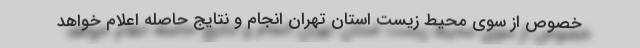
خصوص از سوی محیط زیست استان تهران انجام و نتایج حاصله اعلام خواهد